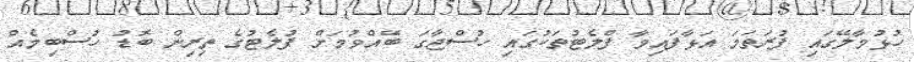
ހުޅުމާލޭގައި ފުރަތަމަ އަޅާފައިވާ ފްލެޓުތަކުގައި ހުސްޖާގަ ބޭއްވުމަށް ފުލެޓުގެ ތިރިން ބޮޑު ހުސްބިމެއް